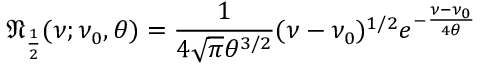
{ \mathfrak { N } } _ { \frac { 1 } { 2 } } ( \nu ; \nu _ { 0 } , \theta ) = { \frac { 1 } { 4 { \sqrt { \pi } } \theta ^ { 3 / 2 } } } ( \nu - \nu _ { 0 } ) ^ { 1 / 2 } e ^ { - { \frac { \nu - \nu _ { 0 } } { 4 \theta } } }